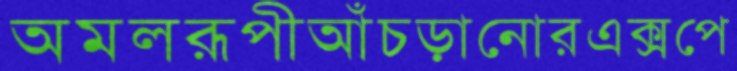
অমলরূপীআঁচড়ানোরএক্সপে